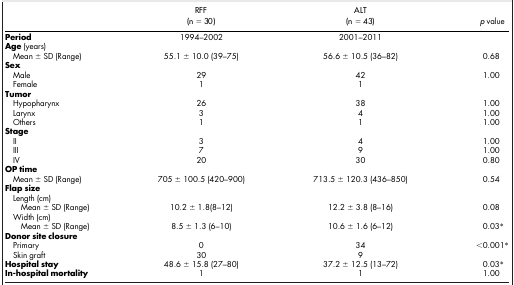
<table><thead><tr><td><b> </b></td><td><b>RFF</b></td><td><b>ALT</b></td><td><b> </b></td></tr><tr><td><b> </b></td><td><b>(n = 30)</b></td><td><b>(n = 43)</b></td><td><b><i>p</i> value</b></td></tr></thead><tbody><tr><td><b>Period</b></td><td>1994–2002</td><td>2001–2011</td><td> </td></tr><tr><td><b>Age</b> (years)</td><td> </td><td> </td><td> </td></tr><tr><td> Mean ± SD (Range)</td><td>55.1 ± 10.0 (39–75)</td><td>56.6 ± 10.5 (36–82)</td><td>0.68</td></tr><tr><td><b>Sex</b></td><td> </td><td> </td><td> </td></tr><tr><td> Male</td><td>29</td><td>42</td><td>1.00</td></tr><tr><td> Female</td><td>1</td><td>1</td><td> </td></tr><tr><td><b>Tumor</b></td><td> </td><td> </td><td> </td></tr><tr><td> Hypopharynx</td><td>26</td><td>38</td><td>1.00</td></tr><tr><td> Larynx</td><td>3</td><td>4</td><td>1.00</td></tr><tr><td> Others</td><td>1</td><td>1</td><td>1.00</td></tr><tr><td><b>Stage</b></td><td> </td><td> </td><td> </td></tr><tr><td> II</td><td>3</td><td>4</td><td>1.00</td></tr><tr><td> III</td><td>7</td><td>9</td><td>1.00</td></tr><tr><td> IV</td><td>20</td><td>30</td><td>0.80</td></tr><tr><td><b>OP time</b></td><td> </td><td> </td><td> </td></tr><tr><td> Mean ± SD (Range)</td><td>705 ± 100.5 (420–900)</td><td>713.5 ± 120.3 (436–850)</td><td>0.54</td></tr><tr><td><b>Flap size</b></td><td> </td><td> </td><td> </td></tr><tr><td> Length (cm)</td><td> </td><td> </td><td> </td></tr><tr><td>Mean ± SD (Range)</td><td>10.2 ± 1.8(8–12)</td><td>12.2 ± 3.8 (8–16)</td><td>0.08</td></tr><tr><td> Width (cm)</td><td> </td><td> </td><td> </td></tr><tr><td>Mean ± SD (Range)</td><td>8.5 ± 1.3 (6–10)</td><td>10.6 ± 1.6 (6–12)</td><td>0.03*</td></tr><tr><td><b>Donor site closure</b></td><td> </td><td> </td><td> </td></tr><tr><td> Primary</td><td>0</td><td>34</td><td>&lt;0.001*</td></tr><tr><td> Skin graft</td><td>30</td><td>9</td><td> </td></tr><tr><td><b>Hospital stay</b></td><td>48.6 ± 15.8 (27–80)</td><td>37.2 ± 12.5 (13–72)</td><td>0.03*</td></tr><tr><td><b>In-hospital mortality</b></td><td>1</td><td>1</td><td>1.00</td></tr></tbody></table>